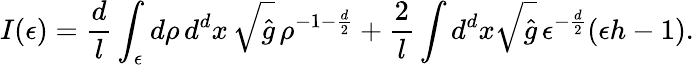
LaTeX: I(\epsilon)=\frac{d}l\int_{\epsilon}d\rho\, d^{d}x\, \sqrt{\hat{g}}\, \rho^{-1-\frac{d}2}+\frac 2l\int d^{d}x\sqrt{\hat{g}}\, \epsilon^{-\frac{d}2}(\epsilon h-1).